On a parasite found in persons suffering from enlargement of the spleen in India, second report - Number 11
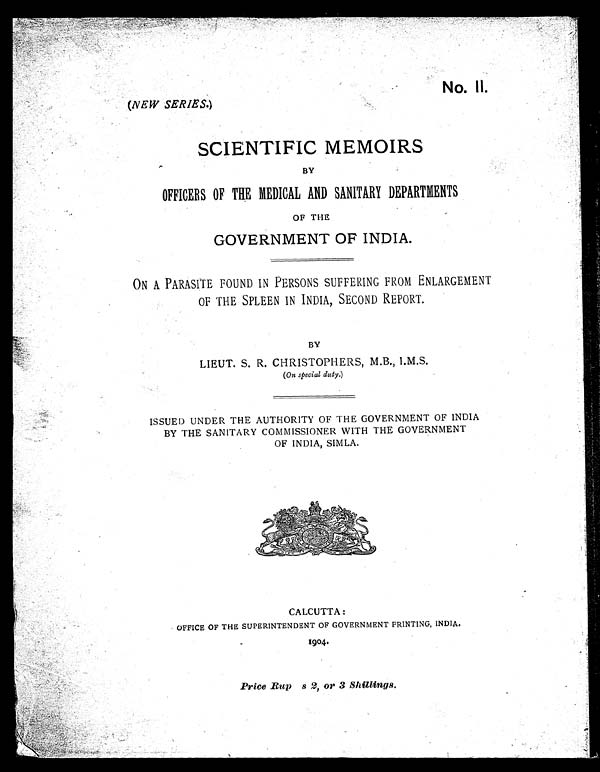
(NEW SERIES.)
No. II.
SCIENTIFIC MEMOIRS
BY
OFFICERS OF THE MEDICAL AND SANITARY DEPARTMENTS
OF THE
GOVERNMENT OF INDIA.
ON A PARASITE FOUND IN PERSONS SUFFERING FROM ENLARGEMENT
OF THE SPLEEN IN INDIA, SECOND REPORT.
BY
LIEUT. S. R. CHRISTOPHERS, M.B., I.M.S.
(On special duty.)
ISSUED UNDER THE AUTHORITY OF THE GOVERNMENT OF INDIA
BY THE SANITARY COMMISSIONER WITH THE GOVERNMENT
OF INDIA, SIMLA.
C CALCUTTA:
OFFICE OF THE SUPERINTENDENT OF GOVERNMENT PRINTING, INDIA.
1904.
Price Rup s 2, or 3 Shillings.